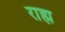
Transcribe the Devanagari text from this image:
राह्म